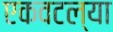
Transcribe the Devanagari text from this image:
एकवटल्या